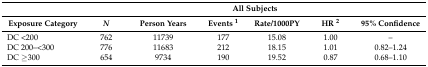
<table><thead><tr><td></td><td colspan="6"><b>All Subjects</b></td></tr><tr><td><b>Exposure Category</b></td><td><b><i>N</i></b></td><td><b>Person Years</b></td><td><b>Events <sup>1</sup></b></td><td><b>Rate/1000PY</b></td><td><b>HR <sup>2</sup></b></td><td><b>95% Confidence</b></td></tr></thead><tbody><tr><td>DC &lt;200</td><td>762</td><td>11739</td><td>177</td><td>15.08</td><td>1.00</td><td>–</td></tr><tr><td>DC 200–&lt;300</td><td>776</td><td>11683</td><td>212</td><td>18.15</td><td>1.01</td><td>0.82–1.24</td></tr><tr><td>DC ≥300</td><td>654</td><td>9734</td><td>190</td><td>19.52</td><td>0.87</td><td>0.68–1.10</td></tr></tbody></table>